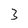
Character: 3